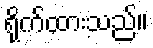
ရိုက်ထားသည်။